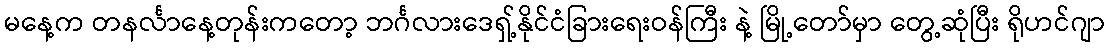
မနေ့က တနင်္လာနေ့တုန်းကတော့ ဘင်္ဂလားဒေရှ့်နိုင်ငံခြားရေးဝန်ကြီး နဲ့ မြို့တော်မှာ တွေ့ဆုံပြီး ရိုဟင်ဂျာ